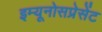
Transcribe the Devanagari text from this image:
इम्यूनोसप्रेसेंट